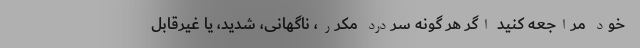
خود مراجعه کنید اگر هر گونه سردرد مکرر، ناگهانی، شدید، یا غیرقابل